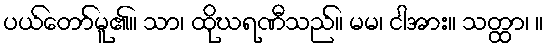
ပယ်တော်မူ၏။ သာ၊ ထိုဃရဏီသည်။ မမ၊ ငါအား။ သတ္ထာ၊ ။